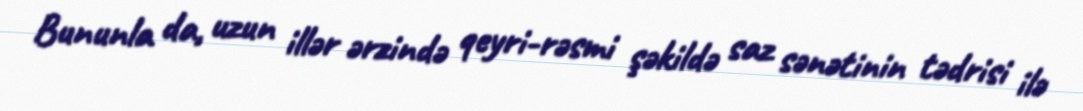
Bununla da, uzun illər ərzində qeyri-rəsmi şəkildə saz sənətinin tədrisi ilə